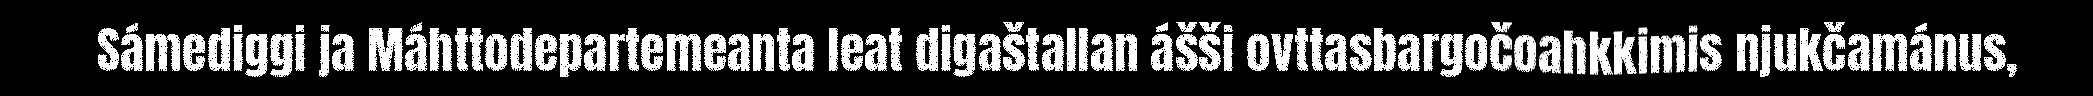
Sámediggi ja Máhttodepartemeanta leat digaštallan ášši ovttasbargočoahkkimis njukčamánus,